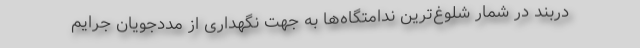
دربند در شمار شلوغ‌ترین ندامتگاه‌ها به جهت نگهداری از مددجویان جرایم